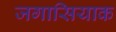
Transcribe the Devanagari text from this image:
जगासियाक